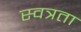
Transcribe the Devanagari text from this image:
स्वत्रता